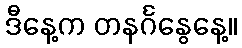
ဒီနေ့က တနင်္ဂနွေနေ့။